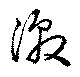
激